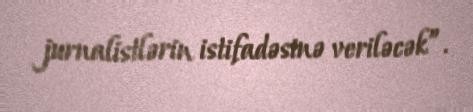
jurnalistlərin istifadəsinə veriləcək”.